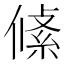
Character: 𠍞